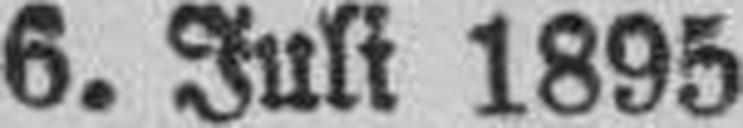
6. Juli 1895